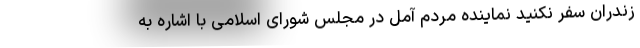
زندران سفر نکنید نماینده مردم آمل در مجلس شورای اسلامی با اشاره به